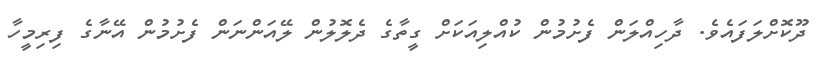
ދޫކޮށްލަފައެވެ. ދާހިއްލަން ފެށުމުން ކުއްލިއަކަށް ގީތާގެ ދެލޮލުން ލޭއަންނަން ފެށުމުން އޭނާގެ ފިރިމީހާ